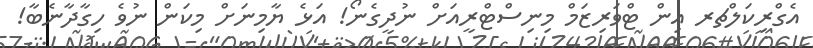
އެގްރިކަލްޗރ އިން ޓްވަރިޒަމް މިނިސްޓްރީއަށް ނުދީގެނޯ! އަޅެ ޔާމިނަށް މިކަން ނުވެ ހިގާދާނެބާ!